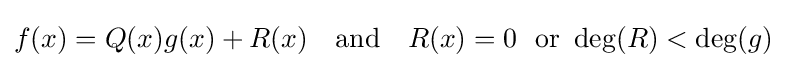
f(x)=Q(x)g(x)+R(x)\quad {\text{and}}\quad R(x)=0\ {\text{ or }}\deg(R)<\deg(g)